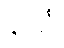
နယံ